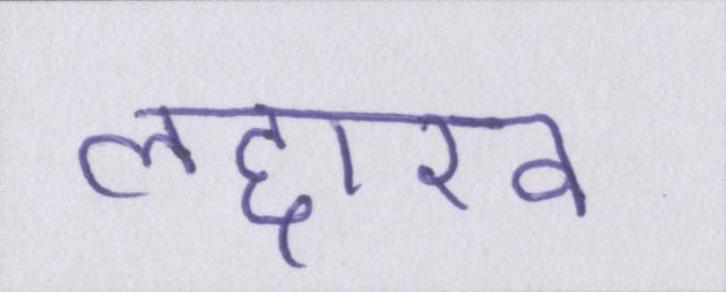
लद्दाख